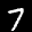
Label: 7